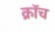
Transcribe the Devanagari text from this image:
क्रॉच